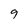
Character: 9